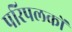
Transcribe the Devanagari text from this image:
परिपलकों